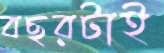
বছরটাই